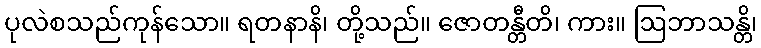
ပုလဲစသည်ကုန်သော။ ရတနာနိ၊ တို့သည်။ ဇောတန္တီတိ၊ ကား။ ဩဘာသန္တိ၊